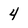
Character: 4